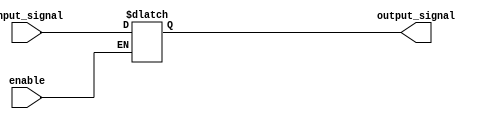
module buffer_with_enable (
    input wire input_signal,
    input wire enable,
    output reg output_signal
);

always @ (input_signal, enable)
begin
    if (enable)
        output_signal = input_signal;
    else
        output_signal = output_signal;
end

endmodule